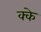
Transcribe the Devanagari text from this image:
क्के